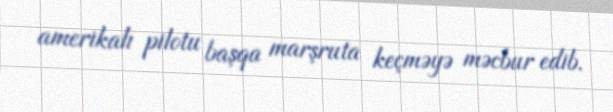
amerikalı pilotu başqa marşruta keçməyə məcbur edib.